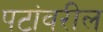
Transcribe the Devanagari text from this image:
पटांवरील